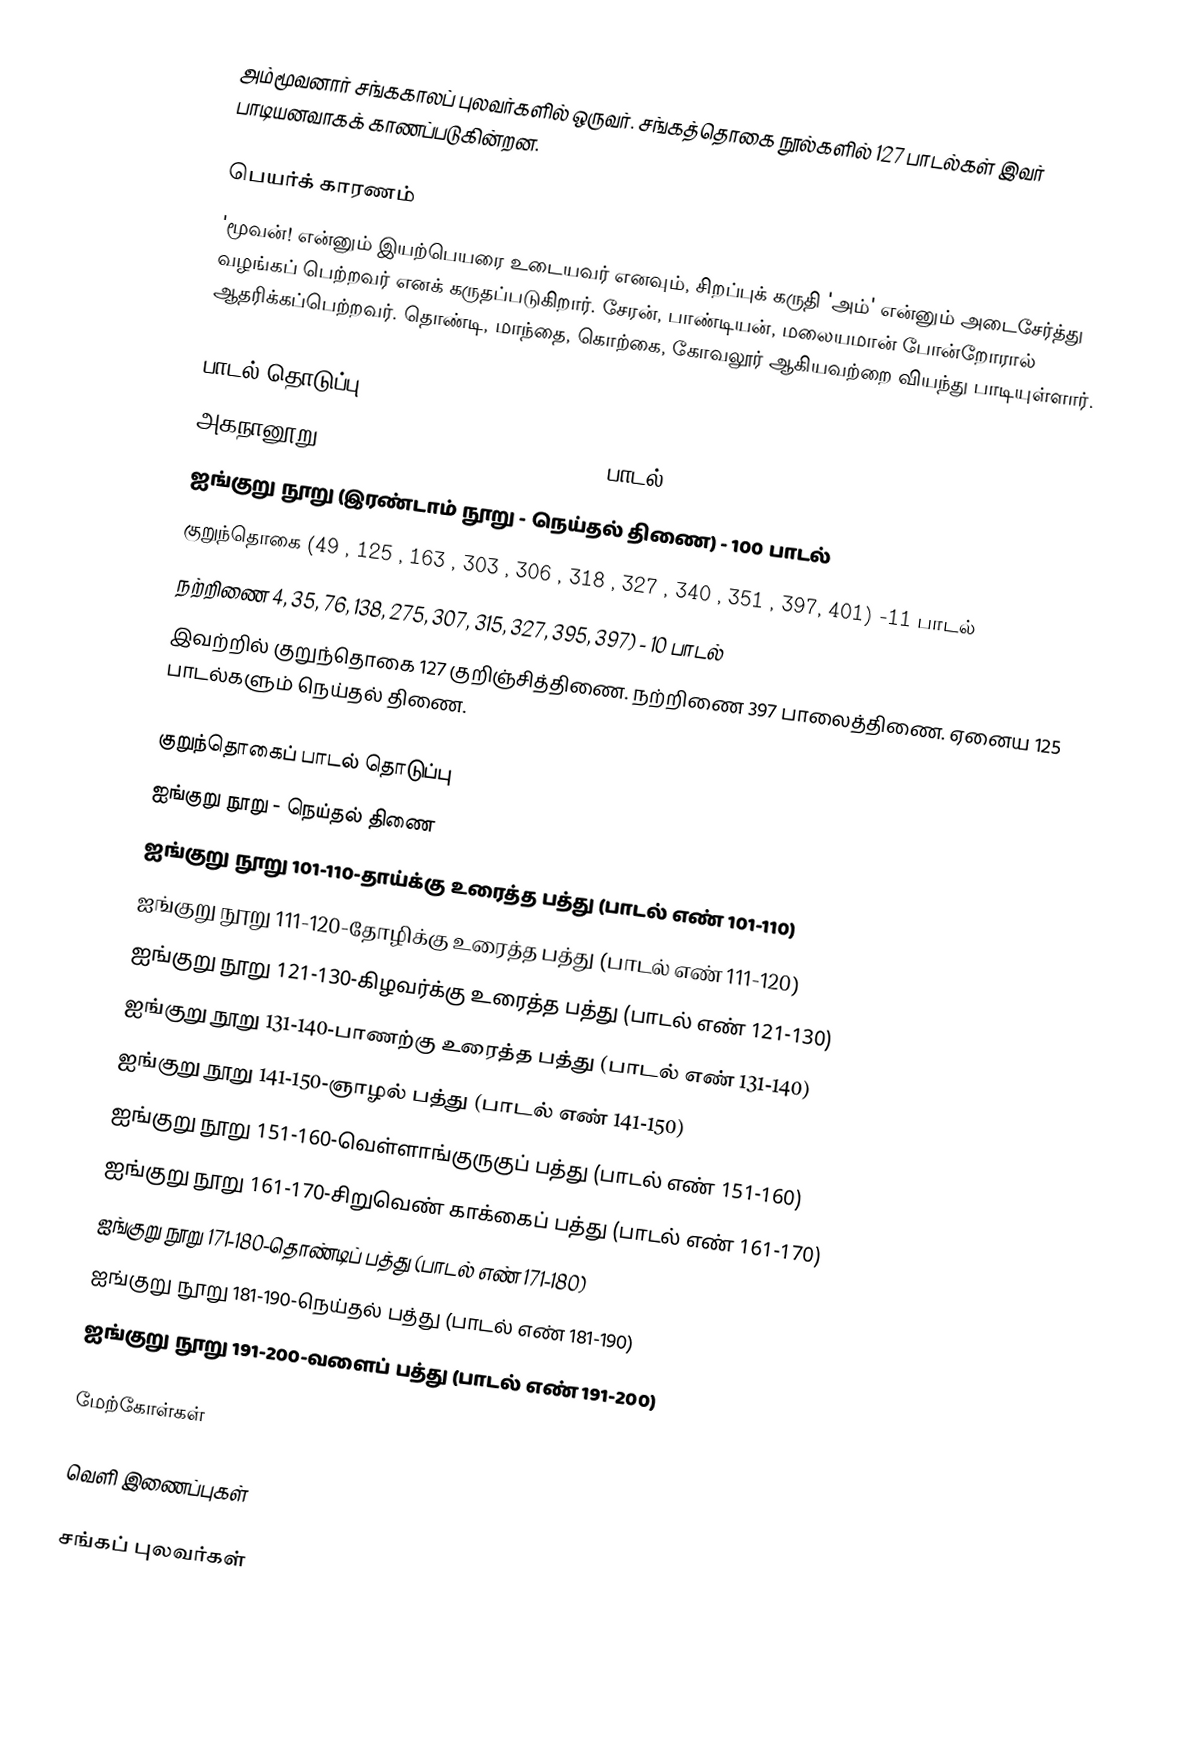
அம்மூவனார் சங்ககாலப் புலவர்களில் ஒருவர். சங்கத்தொகை நூல்களில் 127 பாடல்கள் இவர் பாடியனவாகக் காணப்படுகின்றன.

பெயர்க் காரணம்
'மூவன்! என்னும் இயற்பெயரை உடையவர் எனவும், சிறப்புக் கருதி 'அம்' என்னும் அடைசேர்த்து வழங்கப் பெற்றவர் எனக் கருதப்படுகிறார். சேரன், பாண்டியன், மலையமான் போன்றோரால் ஆதரிக்கப்பெற்றவர். தொண்டி, மாந்தை, கொற்கை, கோவலூர் ஆகியவற்றை வியந்து பாடியுள்ளார்.

பாடல் தொடுப்பு
 அகநானூறு (10, 35, 140, 280, 370, 390) - 6 பாடல்
 ஐங்குறு நூறு (இரண்டாம் நூறு - நெய்தல் திணை) - 100 பாடல்
 குறுந்தொகை (49 , 125 , 163 , 303 , 306 , 318 , 327 , 340 , 351 , 397, 401) -11 பாடல்
 நற்றிணை 4, 35, 76, 138, 275, 307, 315, 327, 395, 397) - 10 பாடல்
இவற்றில் குறுந்தொகை 127 குறிஞ்சித்திணை. நற்றிணை 397 பாலைத்திணை. ஏனைய 125 பாடல்களும் நெய்தல் திணை.

குறுந்தொகைப் பாடல் தொடுப்பு
ஐங்குறு நூறு - நெய்தல் திணை
 ஐங்குறு நூறு 101-110-தாய்க்கு உரைத்த பத்து (பாடல் எண் 101-110)
 ஐங்குறு நூறு 111-120-தோழிக்கு உரைத்த பத்து (பாடல் எண் 111-120)
 ஐங்குறு நூறு 121-130-கிழவர்க்கு உரைத்த பத்து (பாடல் எண் 121-130)
 ஐங்குறு நூறு 131-140-பாணற்கு உரைத்த பத்து (பாடல் எண் 131-140)
 ஐங்குறு நூறு 141-150-ஞாழல் பத்து (பாடல் எண் 141-150)
 ஐங்குறு நூறு 151-160-வெள்ளாங்குருகுப் பத்து (பாடல் எண் 151-160)
 ஐங்குறு நூறு 161-170-சிறுவெண் காக்கைப் பத்து (பாடல் எண் 161-170)
 ஐங்குறு நூறு 171-180-தொண்டிப் பத்து (பாடல் எண் 171-180)
 ஐங்குறு நூறு 181-190-நெய்தல் பத்து (பாடல் எண் 181-190)
 ஐங்குறு நூறு 191-200-வளைப் பத்து (பாடல் எண் 191-200)

மேற்கோள்கள்

வெளி இணைப்புகள்

சங்கப் புலவர்கள்